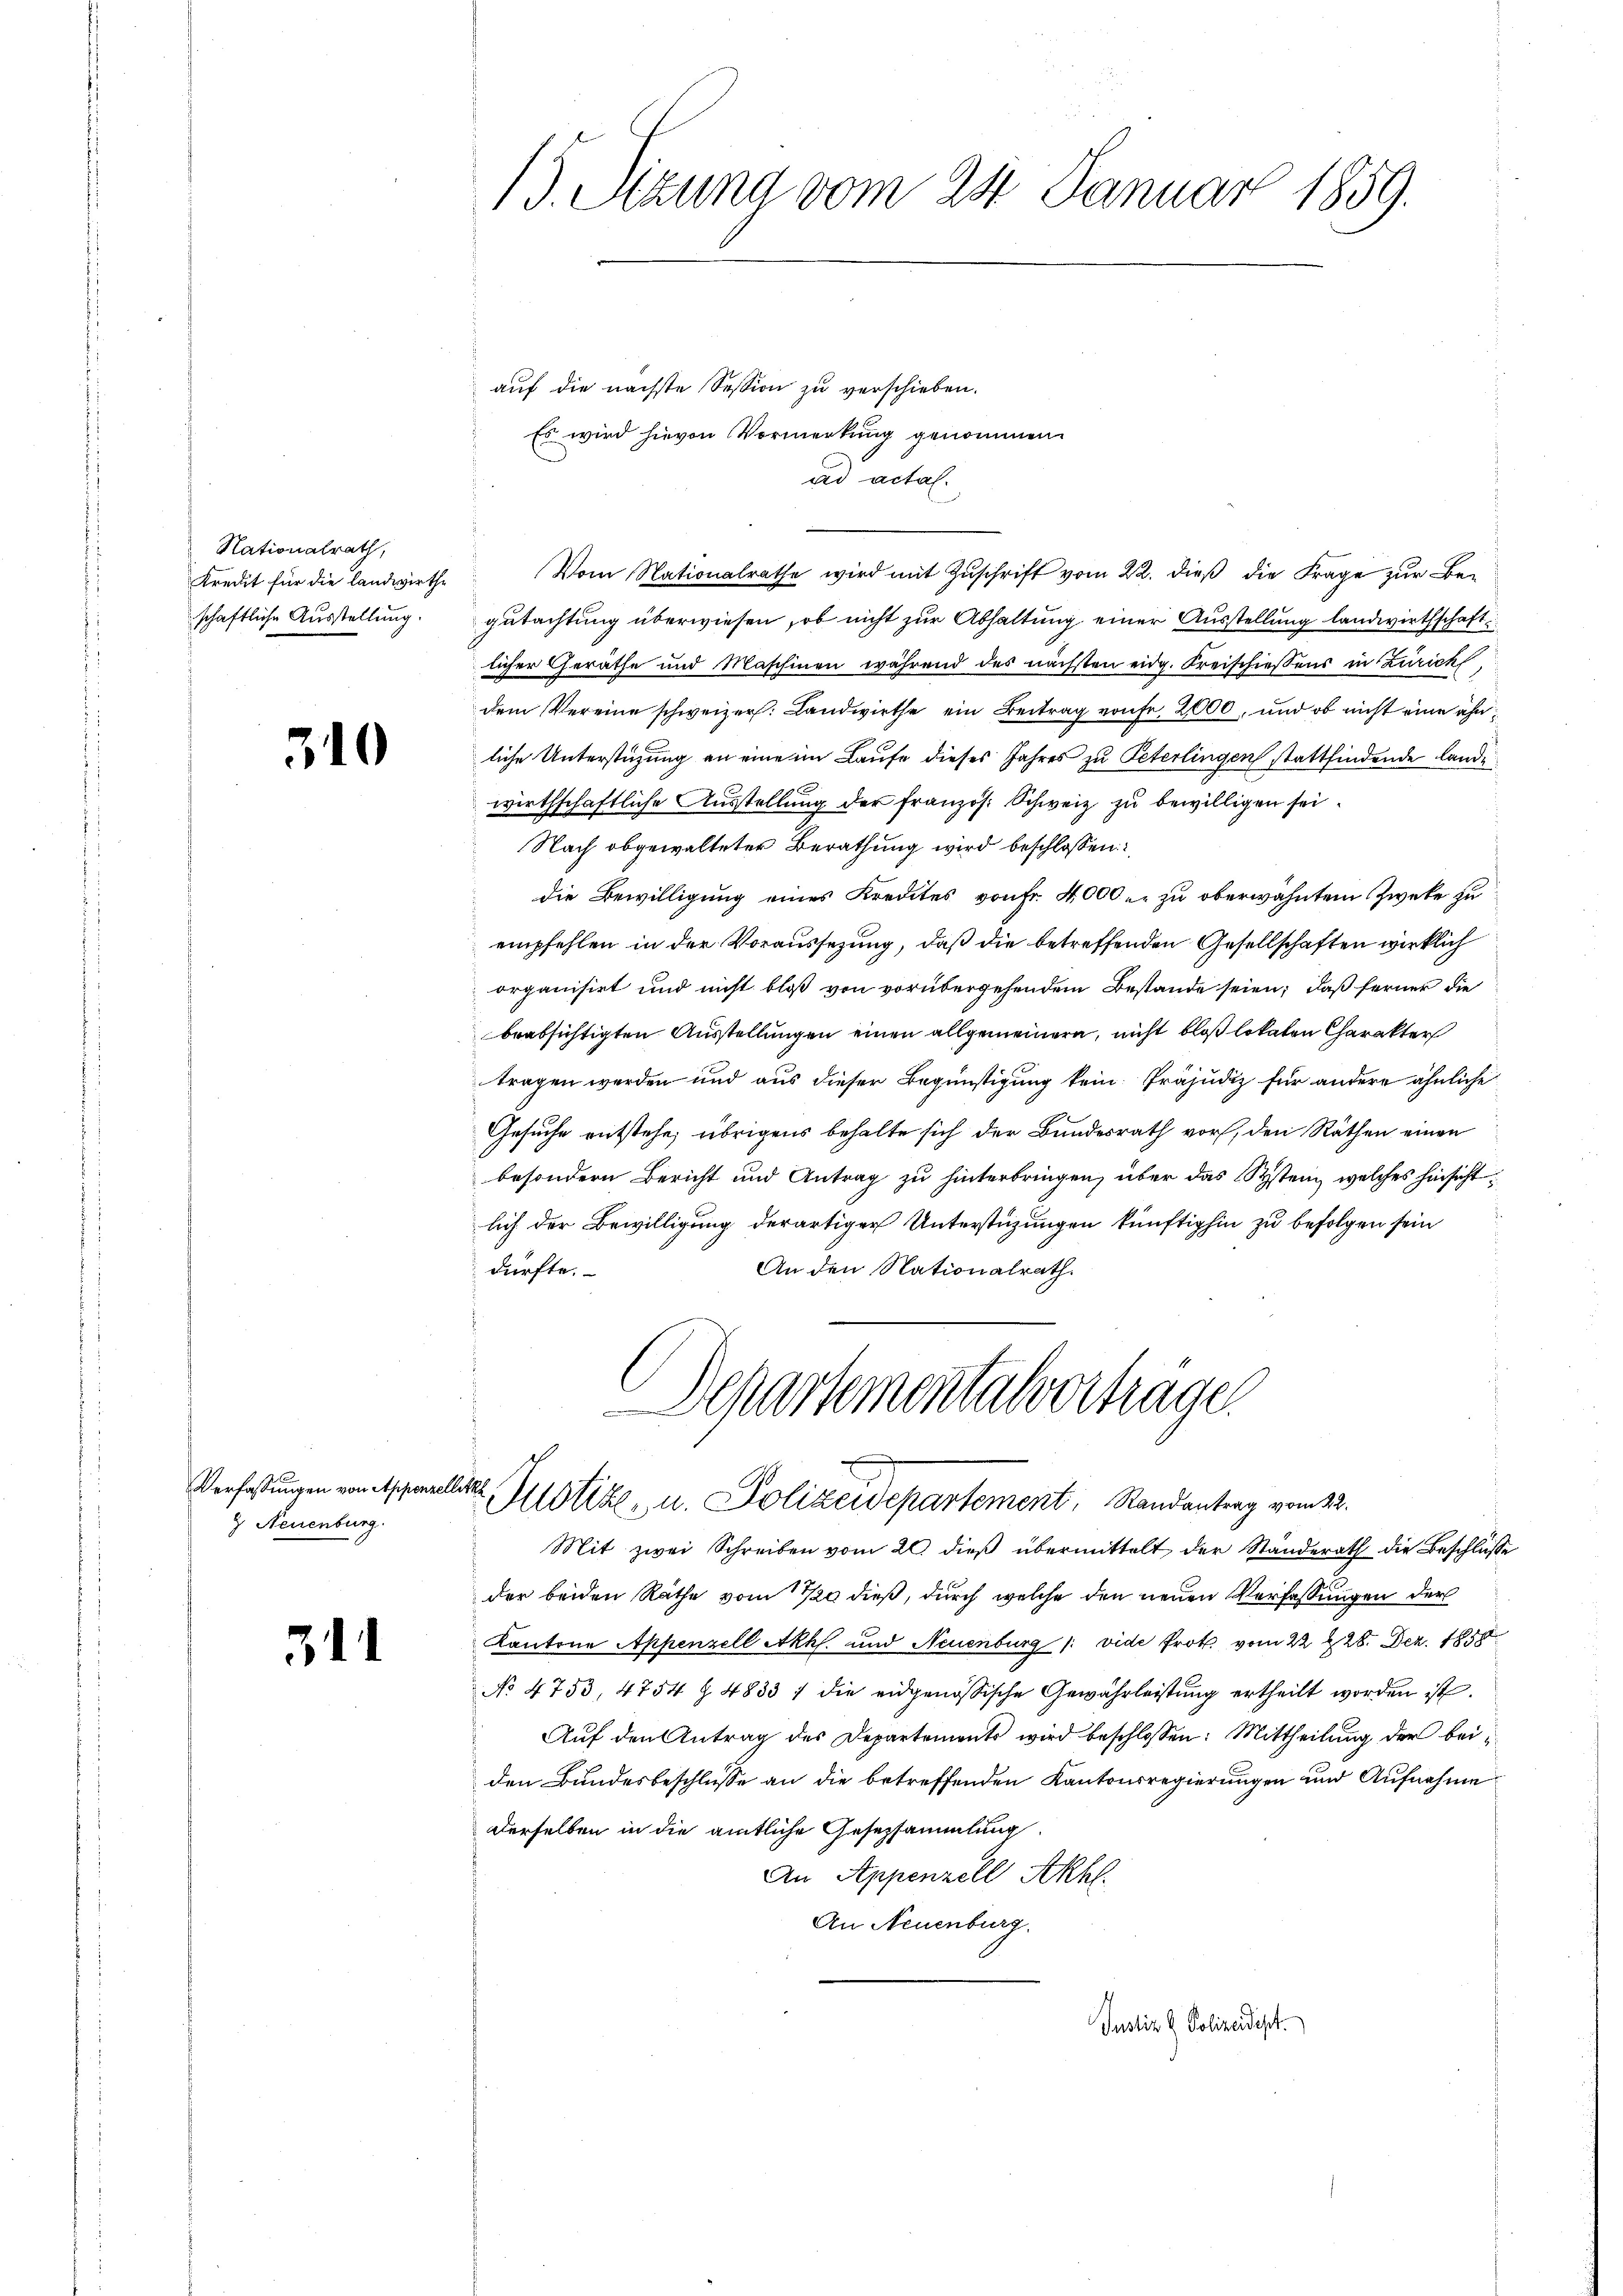
Nationalrath,
Kredit für die landwirthe
schaftliche Ausstellung.

310

& Neuenburg.

3

15. Sizung vom 24. Januar 1859.

auf die nächste Session zu verschieben.
Es wird hievon Vormerkung genommen
ad actal.
Vom Nationalrathe wird mit Zŭschrift vom 22. dieß die Frage zur Be-
gutachtung überwiesen, ob nicht zur Abhaltung einer Ausstellung landwirthschaftlicher Geräthe und Maschinen während des nächsten eidg. Kreischiessens in Zürich,
dem Vereine schweizer: Landwirthe ein Beitrag vonse 2000, und ob nicht eine ähnliche Unterstützung an eine im Laufe dieses Jahres zu Peterlingen stattfindende lande
wirthschaftliche Ausstellung der französ. Schweiz zu bewilligen sei.
Nach abgewalteter Berathung wird beschlossen:
die Bewilligung eines Kredites von Fr. 4000 u. zu oberwähntem Zwecke zu
empfehlen in der Voraussezung, daß die betreffenden Gesellschaften wirklich
organisirt und nicht bloß von vorübergehendem Bestande seien; daß ferner die
beabsichtigten Ausstellungen einen allgemeinern, nicht bloß lokaten Charakter
tragen werden und aus dieser Begünstigung kein Präjudiz für andere ähnliche
Gesuche entstehe; übrigens behalte sich der Bundesrath vor, den Räthen einen
besondern Bericht und Antrag zu hinterbringen, über das System, welches hinsichtlich der Bewilligung derartiger Unterstützungen künftighin zu befolgen sein
dürfte.
An den Nationalrath

Separtementalverträge.
d
Verfaßungen von Appenzellirt. 5 the u. Polizeidepartement, Randantrag vom 22.

Mit zwei Schreiben vom 20. dieβ übermittelt der Ständerath die Beschlüsse
der beiden Rathe vom 11/20 dieß, durch welche den neuen Verfassungen der
Kantone Appenzell Akhl. und Neuenburg /: vide trotz vom 22 t 28. Dez. 1858
No 4753, 4754 § 4833 / die eidgenössische Gewährleistŭng ertheilt worden ist.
Auf den Antrag des Departements wird beschlossen: Mittheilung der beiden Bundesbeschlüsse an die betreffenden Kantonsregierungen und Aufnahme
derselben in die amtliche Gesetzsammlung.
An Appenzell Akhl.
An Neuenburg.
Justiz & Polizeidest.